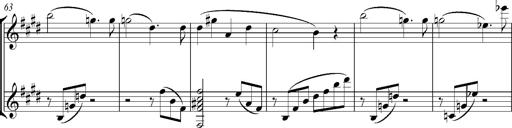
Title: Consolations
Composer: Franz Liszt